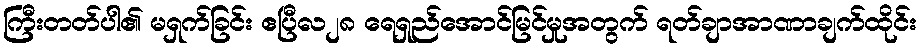
ကြီးတတ်ပါ၏ မရှက်ခြင်း ဧပြီလ၂၈ ရေရှည်အောင်မြင်မှုအတွက် ရတ်ချာအာဏာချက်ထိုင်း